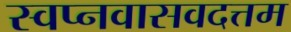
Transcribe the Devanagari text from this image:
स्वप्नवासवदत्तम